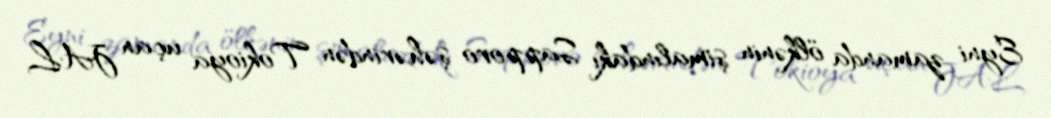
Eyni zamanda ölkənin şimalındakı Sapporo şəhərindən Tokioya uçan JAL